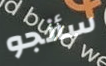
سأنجو